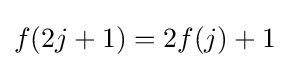
f(2j+1)=2f(j)+1\;